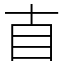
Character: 𥃭